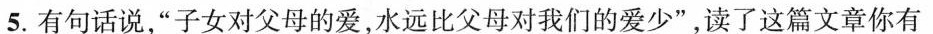
5.有句话说，”子女对父母的爱，水远比父母对我们的爱少”，读了这篇文章你有